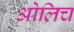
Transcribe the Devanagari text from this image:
ओलिच